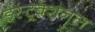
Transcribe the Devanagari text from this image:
इंस्ट्र्क्शनल